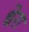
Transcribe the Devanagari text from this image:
धेरा